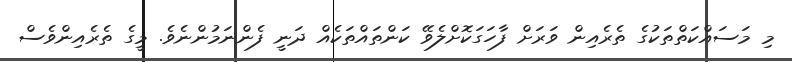
މި މަސައްކަތްތަކުގެ ތެރެއިން ވަރަށް ފާހަގަކޮށްލެވޭ ކަންތައްތަކެއް ދަނީ ފެންނަމުންނެވެ. މީގެ ތެރެއިންވެސް